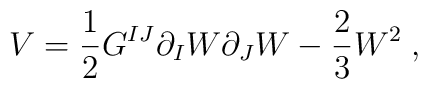
V = \frac{1}{2}G^{IJ}\partial_IW\partial_JW - \frac{2}{3}W^2\; ,